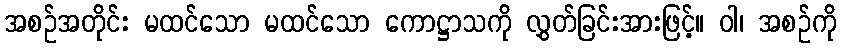
အစဉ်အတိုင်း မထင်သော မထင်သော ကောဋ္ဌာသကို လွှတ်ခြင်းအားဖြင့်။ ဝါ၊ အစဉ်ကို